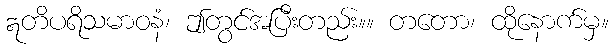
ဣတိပရိသမာဝနံ၊ ဤတွင်အပြီးတည်း။။ တတော၊ ထိုနောက်မှ။